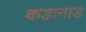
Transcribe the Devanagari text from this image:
कडानाड